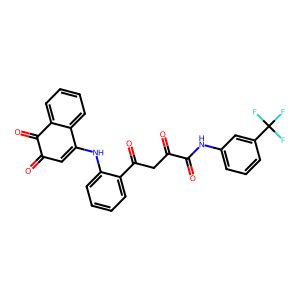
SMILES: O=C1C=C(Nc2ccccc2C(=O)CC(=O)C(=O)Nc2cccc(C(F)(F)F)c2)c2ccccc2C1=O
Inhibits HIV replication: No